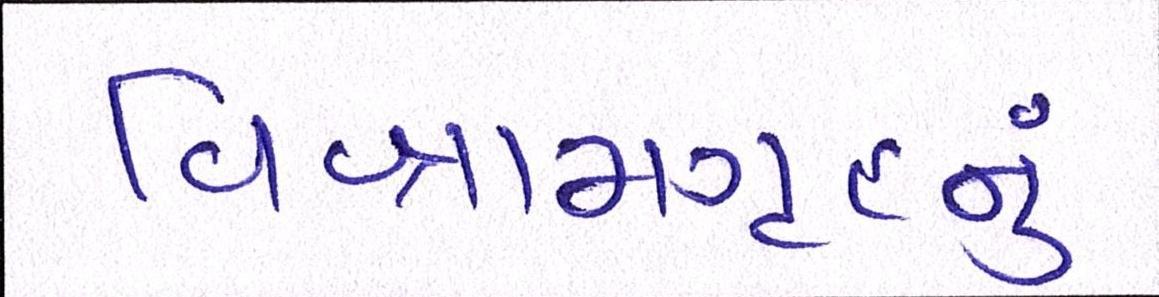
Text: વિશ્રામગૃહનું